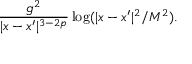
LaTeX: \frac { g ^ { 2 } } { | x - x ^ { \prime } | ^ { 3 - 2 p } } \log ( | x - x ^ { \prime } | ^ { 2 } / { M ^ { 2 } } ) .